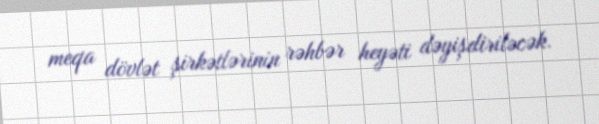
meqa dövlət şirkətlərinin rəhbər heyəti dəyişdiriləcək.